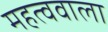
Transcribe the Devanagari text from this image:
महत्ववाला